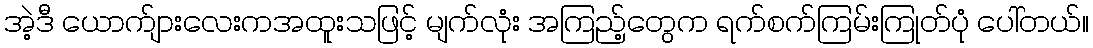
အဲ့ဒီ ယောက်ျားလေးကအထူးသဖြင့် မျက်လုံး အကြည့်တွေက ရက်စက်ကြမ်းကြုတ်ပုံ ပေါ်တယ်။